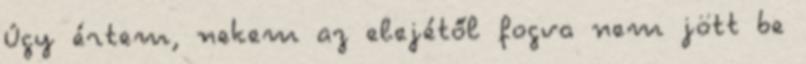
Úgy értem, nekem az elejétől fogva nem jött be